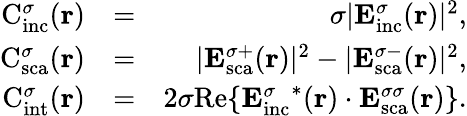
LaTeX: \begin{array}{rlr}{\mathrm{C}_{\mathrm{{inc}}}^{\sigma}({\mathbf r})}&{=}&{\sigma|{\mathbf E}_{\mathrm{{inc}}}^{\sigma}({\mathbf r})|^{2},}\\ {\mathrm{C}_{\mathrm{{sca}}}^{\sigma}({\mathbf r})}&{=}&{|{\mathbf E}_{\mathrm{sca}}^{\sigma+}({\mathbf r})|^{2}-|{\mathbf E}_{\mathrm{{sca}}}^{\sigma-}({\mathbf r})|^{2},}\\ {\mathrm{C}_{\mathrm{{int}}}^{\sigma}({\mathbf r})}&{=}&{2\sigma\mathrm{Re}\{ {{\mathbf E}_{\mathrm{inc}}^{\sigma}}^{*}({\mathbf r})\cdot{{\mathbf E}_{\mathrm{{sca}}}^{\sigma\sigma}}({\mathbf r})\} .}\end{array}